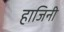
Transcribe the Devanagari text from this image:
हाजिनी